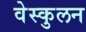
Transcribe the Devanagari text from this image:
वेस्कुलन